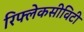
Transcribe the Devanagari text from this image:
रिफ्लेकसीविटी